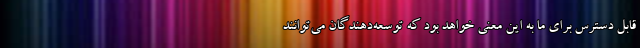
قابل دسترس برای ما به این معنی خواهد بود که توسعه‌دهندگان می‌توانند